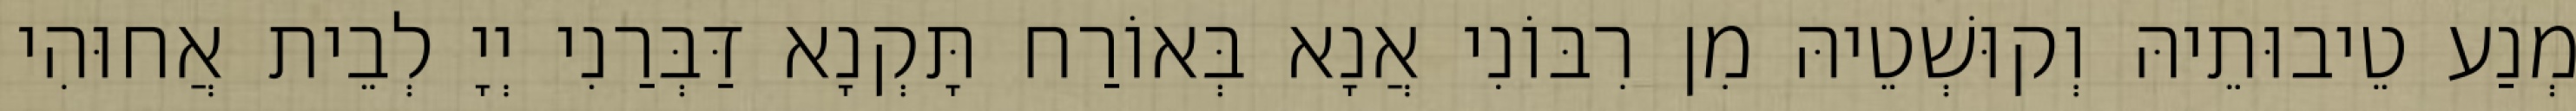
מְנַע טֵיבוּתֵיהּ וְקוּשְׁטֵיהּ מִן רִבּוֹנִי אֲנָא בְּאוֹרַח תָּקְנָא דַּבְּרַנִי יְיָ לְבֵית אֲחוּהִי